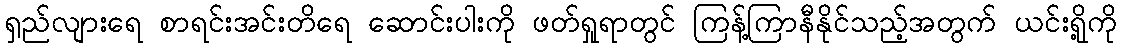
ရှည်လျားရေ စာရင်းအင်းတိရေ ဆောင်းပါးကို ဖတ်ရှုရာတွင် ကြန့်ကြာနီနိုင်သည့်အတွက် ယင်းရို့ကို